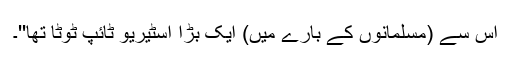
اس سے (مسلمانوں کے بارے میں) ایک بڑا اسٹیریو ٹائپ ٹوٹا تھا''۔